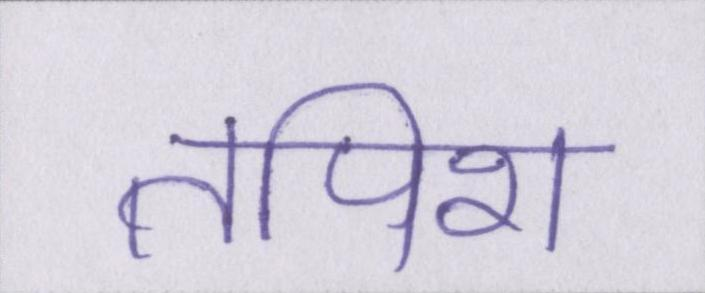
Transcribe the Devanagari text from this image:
तपिश